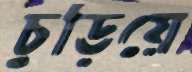
চুড়িয়ে